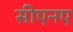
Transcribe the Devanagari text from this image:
सीएनए